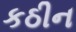
કઠીન